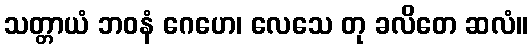
သတ္တာယံ ဘဝနံ ဂေဟေ၊ လေသေ တု ခလိတေ ဆလံ။